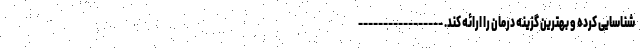
شناسایی کرده و بهترین گزینه درمان را ارائه کند. -----------------